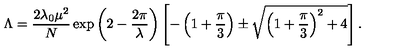
\Lambda = \frac { 2 \lambda _ { 0 } \mu ^ { 2 } } { N } \exp \left( 2 - \frac { 2 \pi } { \lambda } \right) \left[ - \left( 1 + \frac { \pi } { 3 } \right) \pm \sqrt { \left( 1 + \frac { \pi } { 3 } \right) ^ { 2 } + 4 } \right] .